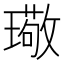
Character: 璥